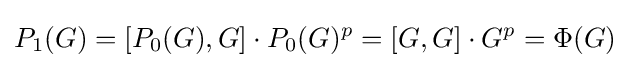
P_{1}(G)=\lbrack P_{0}(G),G\rbrack \cdot P_{0}(G)^{p}=\lbrack G,G\rbrack \cdot G^{p}=\Phi (G)